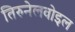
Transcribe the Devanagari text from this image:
तिरुनेलवोइल